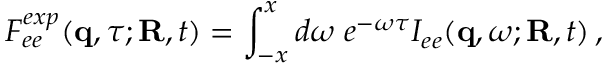
F _ { e e } ^ { e x p } ( { \bf q } , \tau ; { \bf R } , t ) = \int _ { - x } ^ { x } d \omega \; e ^ { - \omega \tau } I _ { e e } ( { \bf q } , \omega ; { \bf R } , t ) \, ,